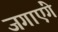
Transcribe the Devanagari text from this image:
जगाएंगे